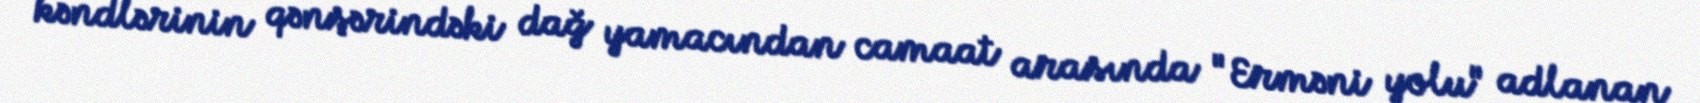
kəndlərinin qənşərindəki dağ yamacından camaat arasında "Erməni yolu" adlanan